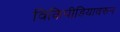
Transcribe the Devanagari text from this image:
विकिपीडियावरून